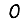
Digit: 0